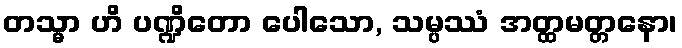
တသ္မာ ဟိ ပဏ္ဍိတော ပေါသော, သမ္ပဿံ အတ္ထမတ္တနော၊